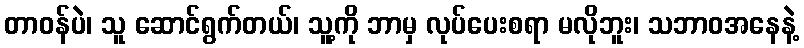
တာဝန်ပဲ၊ သူ ဆောင်ရွက်တယ်၊ သူ့ကို ဘာမှ လုပ်ပေးစရာ မလိုဘူး၊ သဘာဝအနေနဲ့